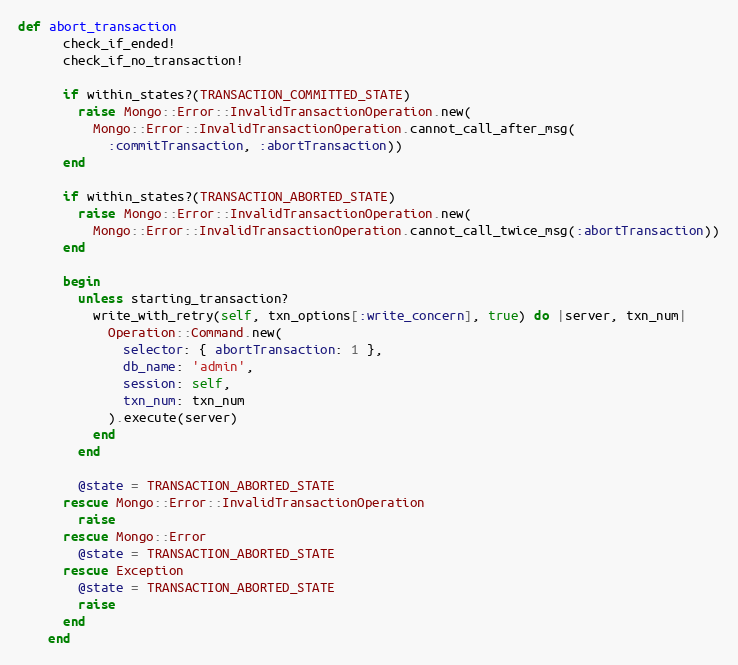
Language: Ruby
def abort_transaction
      check_if_ended!
      check_if_no_transaction!

      if within_states?(TRANSACTION_COMMITTED_STATE)
        raise Mongo::Error::InvalidTransactionOperation.new(
          Mongo::Error::InvalidTransactionOperation.cannot_call_after_msg(
            :commitTransaction, :abortTransaction))
      end

      if within_states?(TRANSACTION_ABORTED_STATE)
        raise Mongo::Error::InvalidTransactionOperation.new(
          Mongo::Error::InvalidTransactionOperation.cannot_call_twice_msg(:abortTransaction))
      end

      begin
        unless starting_transaction?
          write_with_retry(self, txn_options[:write_concern], true) do |server, txn_num|
            Operation::Command.new(
              selector: { abortTransaction: 1 },
              db_name: 'admin',
              session: self,
              txn_num: txn_num
            ).execute(server)
          end
        end

        @state = TRANSACTION_ABORTED_STATE
      rescue Mongo::Error::InvalidTransactionOperation
        raise
      rescue Mongo::Error
        @state = TRANSACTION_ABORTED_STATE
      rescue Exception
        @state = TRANSACTION_ABORTED_STATE
        raise
      end
    end